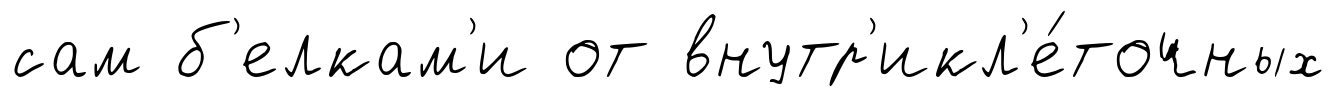
сам б'елкам'и от внутр'икл'е́точных